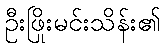
ဦးဖြိုးမင်းသိန်း၏